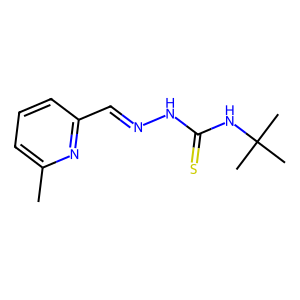
SMILES: Cc1cccc(C=NNC(=S)NC(C)(C)C)n1
Inhibits HIV replication: No